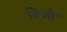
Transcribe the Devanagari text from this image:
डिओं